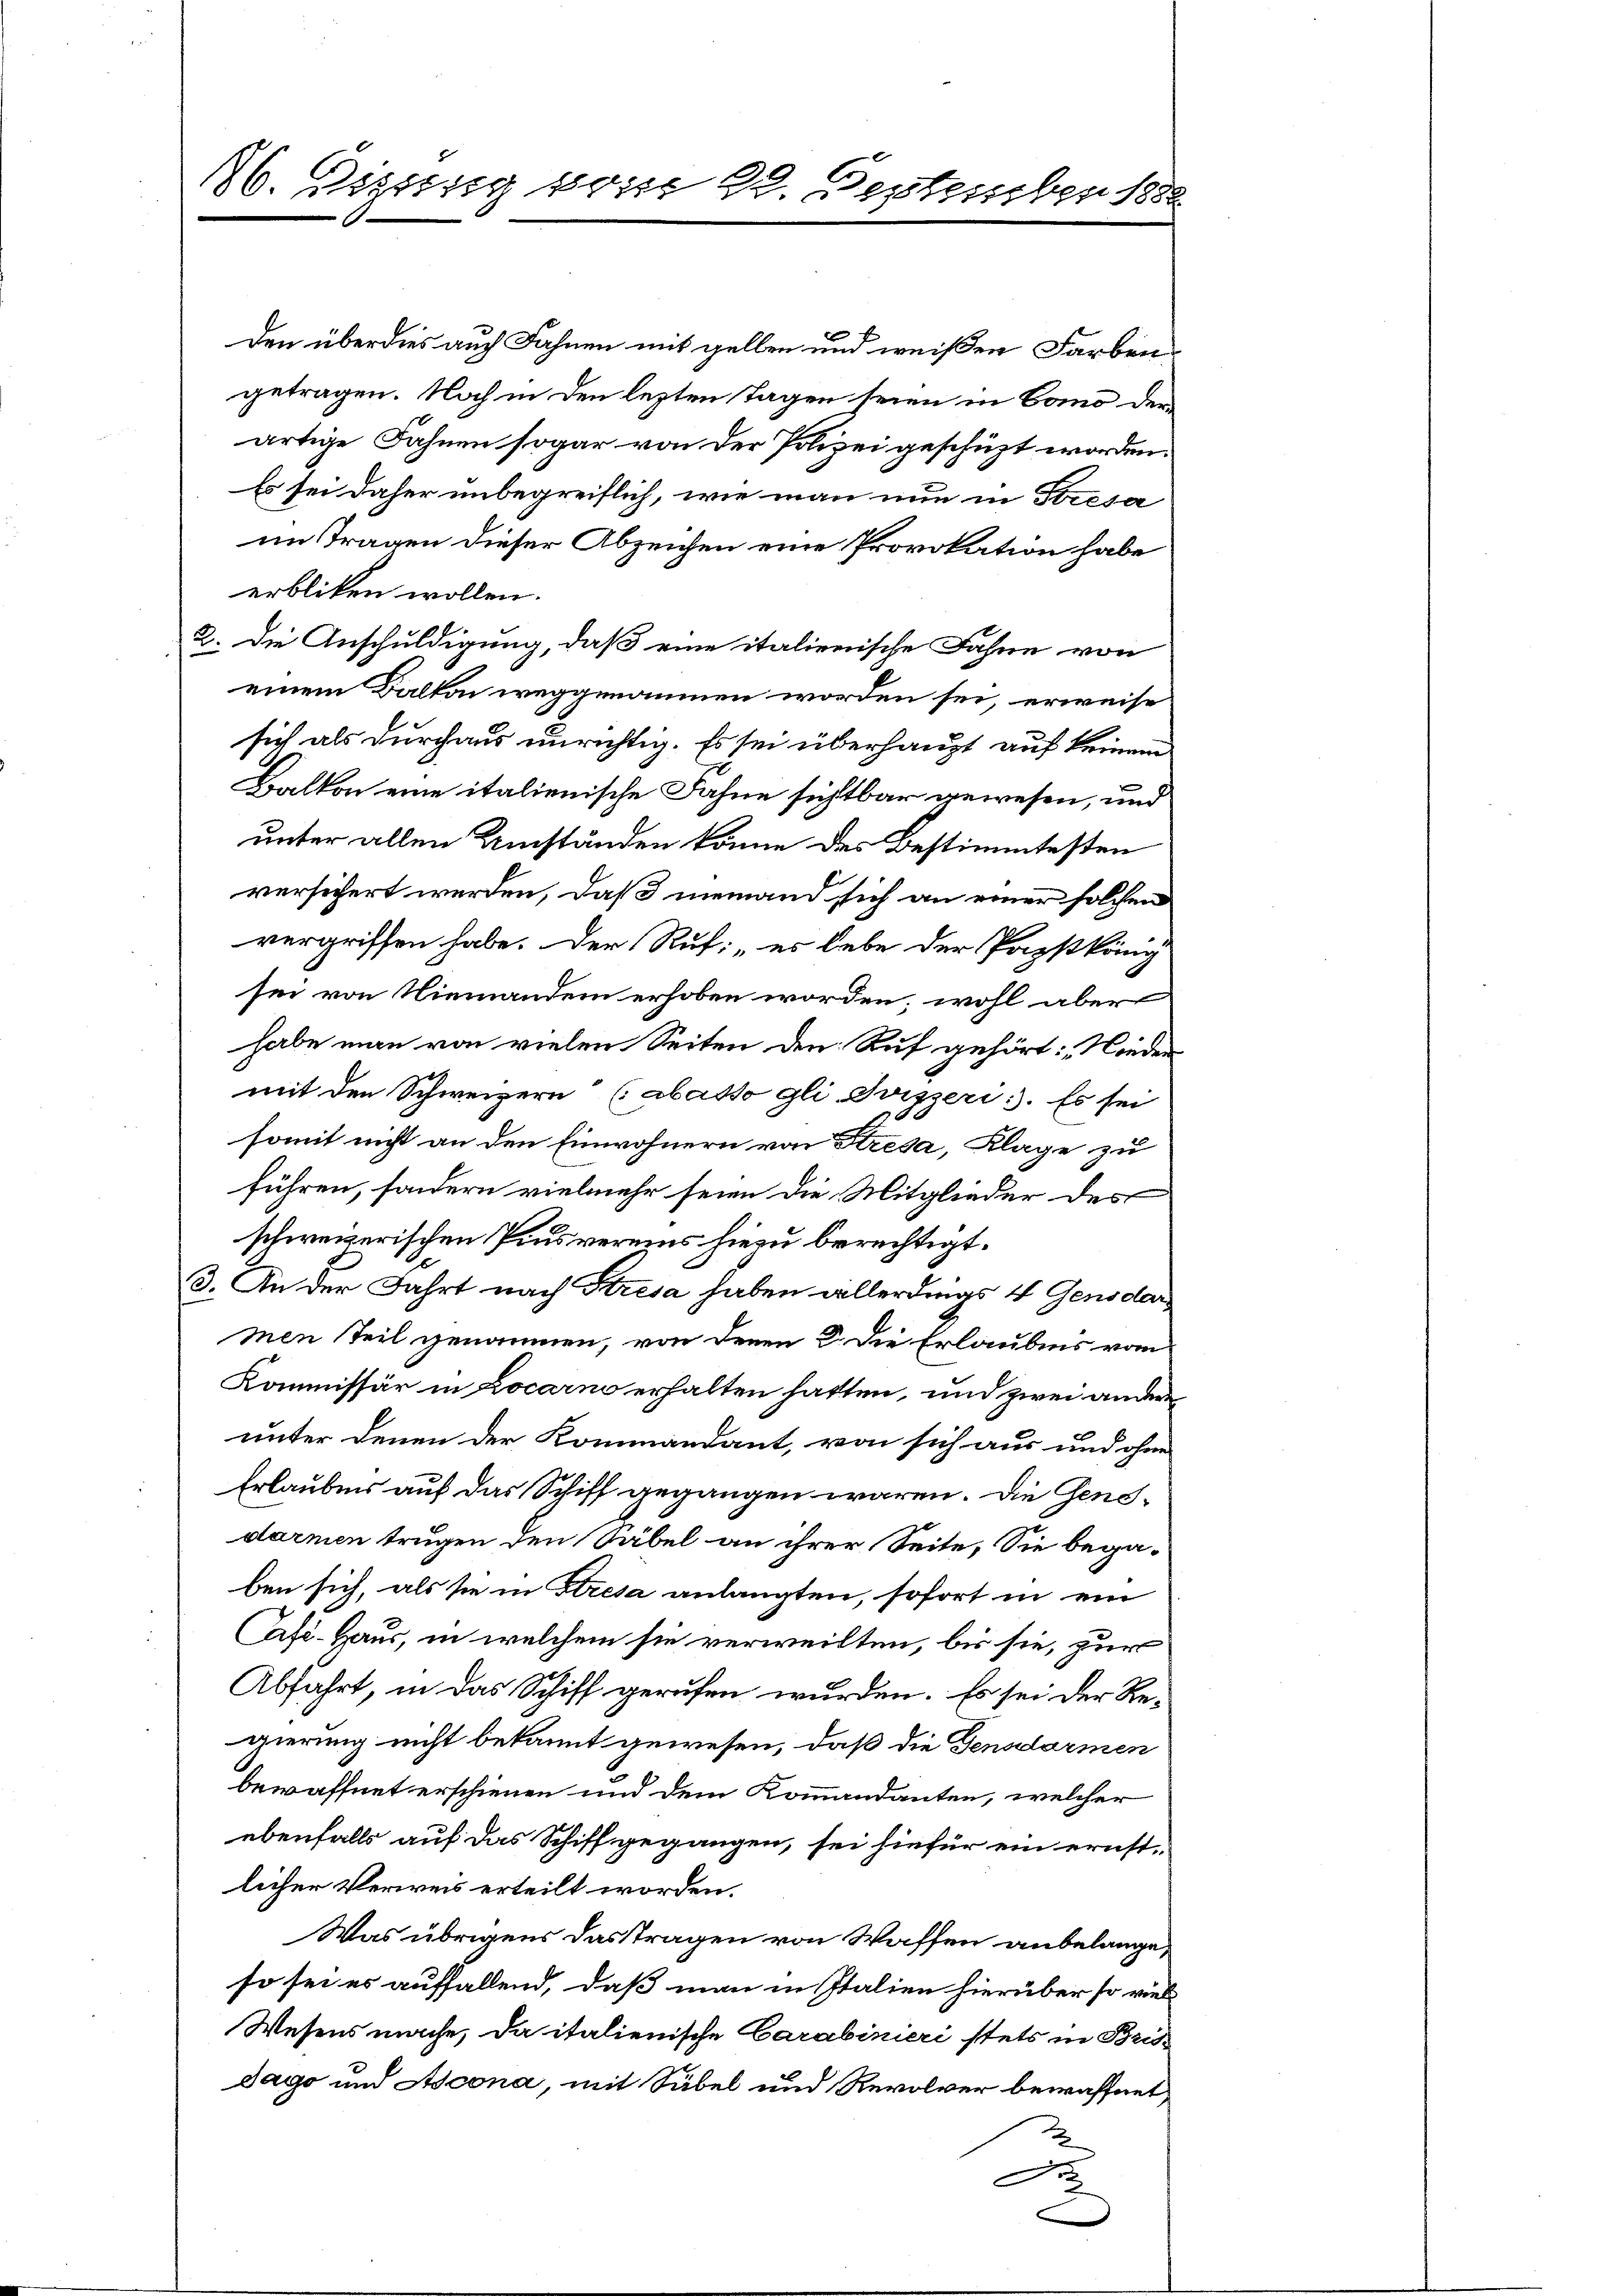
86. Dissig vom 22. September 1882

Den überdies auch Fahnen mit gelben und weißen Farben
getragen. Noch in den lezten Tagen seien in Como derartige Fahnen sogar von der Polizei geschüzt worden.
Es sei daher unbegreiflich, wie man nun in Stresa
im Tragen dieser Abzeichen eine Provokation habe
erbliken wollen.
2. Die Anschuldigung, daß eine italienische Fahne von
einem Balkon weggenommen worden sei, erweise
sich als durchaus unrichtig. Es sei überhaupt auf keinem
Balkon eine italienische Fahne sichtbar gewesen, und
unter allen Umständen könne des Bestimmtesten
versichert werden, daß niemand sich an einer solchen
vergriffen habe. Der Ruf: „es lebe der Papstkäng
sei von Niemandem erhoben worden, wohl aber
habe man von vielen Seiten den Auf gehört: „Nieder
mit den Schweizern (abasso gli Svizzeri. Es sei
somit nicht an den Einwohnern von Stresa, Klage zu
führen, sondern vielmehr seien die Mitglieder des
schweizerischen Pinsvereins hiezu berechtigt.
3. An der Fahrt nach Stresa haben allerdings 4 Gensdarmen teil genommen, von denen 2. Die Erlaubnis vom
Kommissär in Locarno erhalten hatten, und zwei ander
unter denen der Kommandant, von sich aus und ohne
Erlaubnis auf das Schiff gegangen wären. Die Genedarmen trugen den Säbel an ihrer Seite, Sie begaben sich, als sie in Kresa anlangten, sofort in ein
Cafi-Haus, in welchem sie verweilten, bis sie, zur
Abfahrt, in das Schiff gerufen wurden. Es sei der Re-
gierung nicht bekannt gewesen, daß die Gensdarmen
bewaffnet erschienen und dem Kommandanten, welcher
ebenfalls auf das Schiff gegangen, sei hiefür ein ernst-
licher Verweis erteilt worden.
Was übrigens das tragen von Waffen anbelange,
so sei es auffallend, daß man in Italien hierüber so viel
Wesens mache, da italienische Carabinieri stets in Bris¬
Tago und Ascona, mit Sübel und Revolver bewaffnet,
2
Fr
e